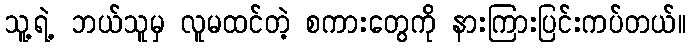
သူ့ရဲ့ ဘယ်သူမှ လူမထင်တဲ့ စကားတွေကို နားကြားပြင်းကပ်တယ်။